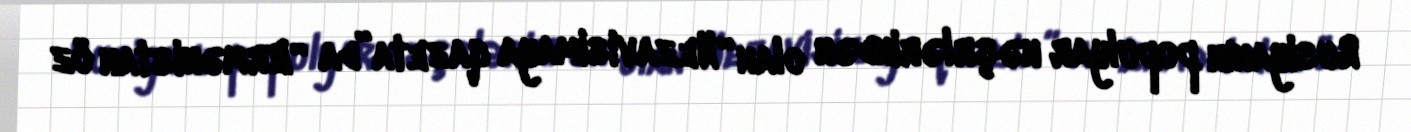
Rusiyanın populyar nəşrlərindən olan “Nezavisimaya qazeta”da “Ermənistan öz